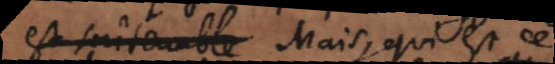
est _ Mais qui est ce